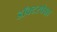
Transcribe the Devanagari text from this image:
डॉक्टरपेक्षा